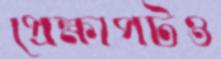
প্রেক্ষাপটও